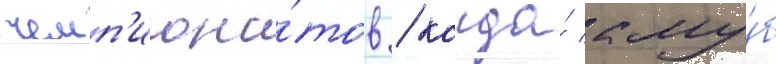
чемп'иона́тов / когда́ клу́б